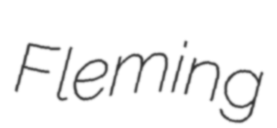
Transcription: Fleming